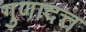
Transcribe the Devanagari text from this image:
गुणादत्त